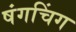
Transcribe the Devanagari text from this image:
षंगचिंग